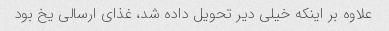
علاوه بر اینکه خیلی دیر تحویل داده شد، غذای ارسالی یخ بود